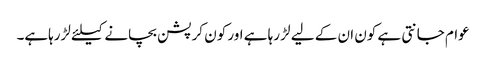
عوام جانتی ہے کون ان کے لیے لڑ رہا ہے اور کون کرپشن بچانے کیلئے لڑرہاہے۔